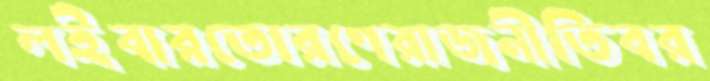
লইবারতোরণেরাজনীতিবর